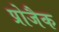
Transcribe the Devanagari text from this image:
प्रोजैक